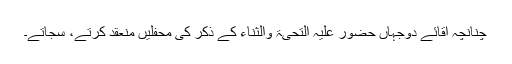
چنانچہ آقائے دوجہاں حضور علیہ التحیۃ والثناء کے ذکر کی محفلیں منعقد کرتے، سجاتے۔